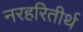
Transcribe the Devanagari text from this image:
नरहरितीर्थ